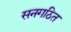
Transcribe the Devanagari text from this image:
सनगठित